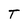
Character: T